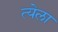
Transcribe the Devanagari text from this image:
त्येला